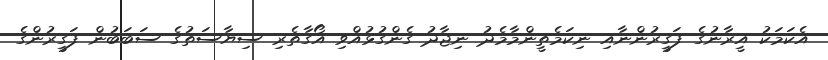
އެކަމަކު އީރާނުގެ ފަގީރުންނާއި ނިކަމެތީންމާމެދު ނިޖާދު ގެންގުޅުއްވި އޯގާތެރި ސިޔާސަތުގެ ސަބަބުން ފަގީރުންގެ